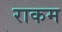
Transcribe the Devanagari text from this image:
राकम